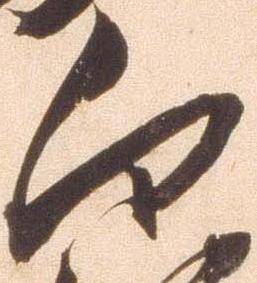
向